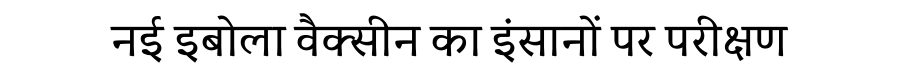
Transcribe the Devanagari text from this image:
नई इबोला वैक्सीन का इंसानों पर परीक्षण